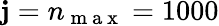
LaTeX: \mathbf{j}=n_{\mathrm{{~m~a~x~}}}=1000